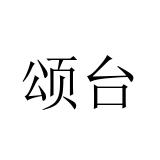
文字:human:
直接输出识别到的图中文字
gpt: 颂台